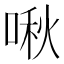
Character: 啾